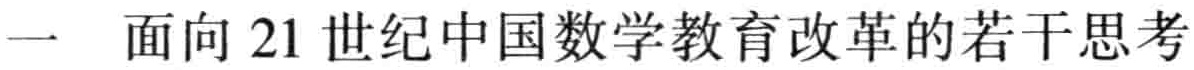
一 面向 21 世纪中国数学教育改革的若干思考